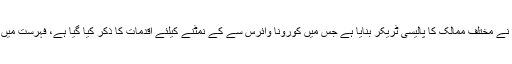
اس سے قبل آئی ایم ایف نے مختلف ممالک کا پالیسی ٹریکر بنایا ہے جس میں کورونا وائرس سے کے نمٹنے کیلئے اقدمات کا ذکر کیا گیا ہے، فہرست میں پاکستان بھی شامل ہے۔